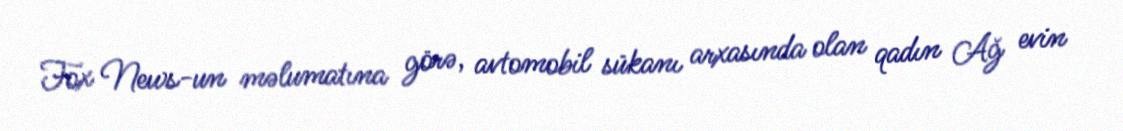
Fox News-un məlumatına görə, avtomobil sükanı arxasında olan qadın Ağ evin